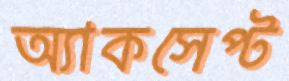
অ্যাকসেপ্ট